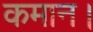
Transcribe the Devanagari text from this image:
कमान।